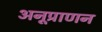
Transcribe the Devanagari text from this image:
अनूप्राणन